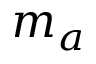
m _ { a }